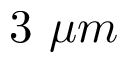
3 ~ \mu m